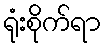
ရုံးစိုက်ရာ